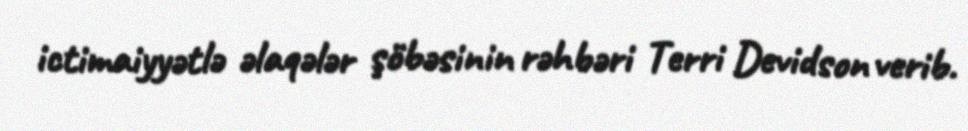
ictimaiyyətlə əlaqələr şöbəsinin rəhbəri Terri Devidson verib.